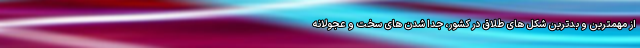
از مهمترین و بدترین شکل های طلاق در کشور، جدا شدن های سخت و عجولانه